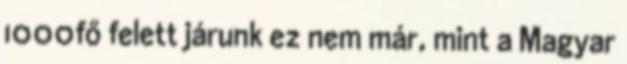
1000fő felett járunk ez nem már, mint a Magyar